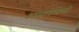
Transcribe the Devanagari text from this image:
असलेलेली